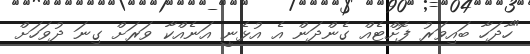
"ހާދަހާ ބައިވަރު ފޮށްޓެއް ގެންދަން އެ އުޅެނީ އަނެއްކާ ވަރަށް ގިނަ ދުވަހަށް